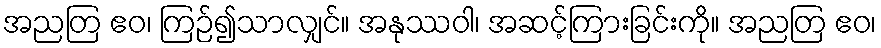
အညတြ ဧဝ၊ ကြဉ်၍သာလျှင်။ အနုဿဝါ၊ အဆင့်ကြားခြင်းကို။ အညတြ ဧဝ၊